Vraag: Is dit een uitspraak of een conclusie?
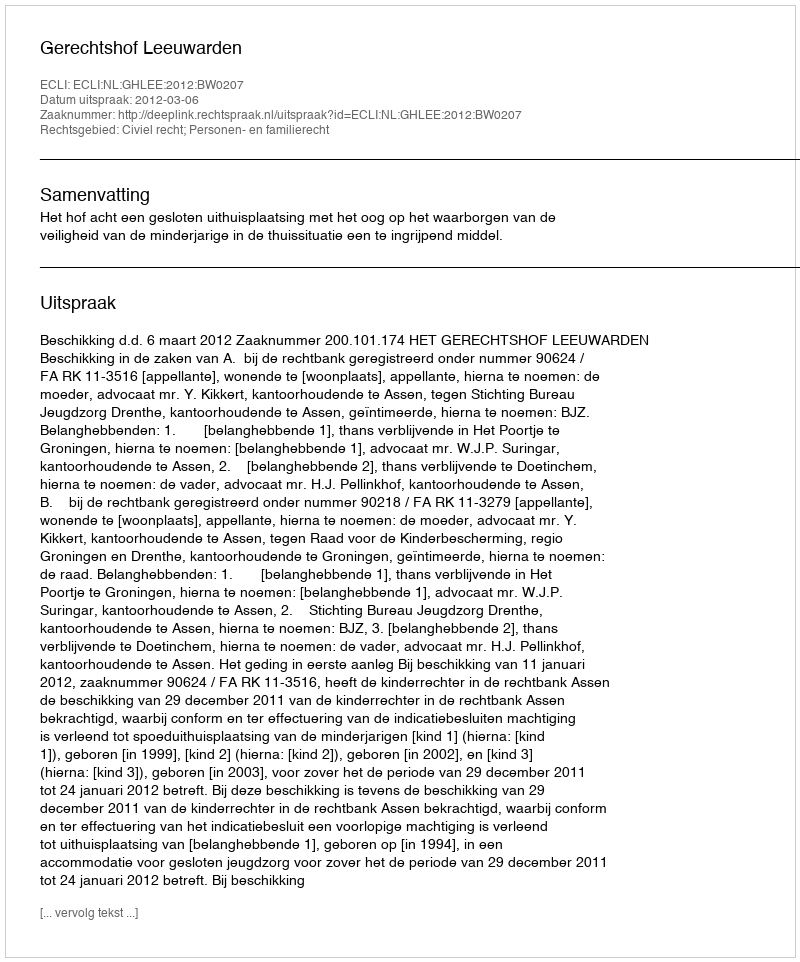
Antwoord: Uitspraak